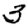
Digit: 3